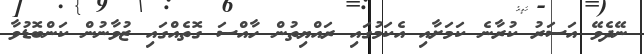
ނޭދެވޭ އަސަރު ކުރާނެ ކަމަށާއި އެކަމުގައި ރައްޔިތުން ހާއްސަ ގޮތެއްގައި ޒުވާނުން ކަންބޮޑުވާ